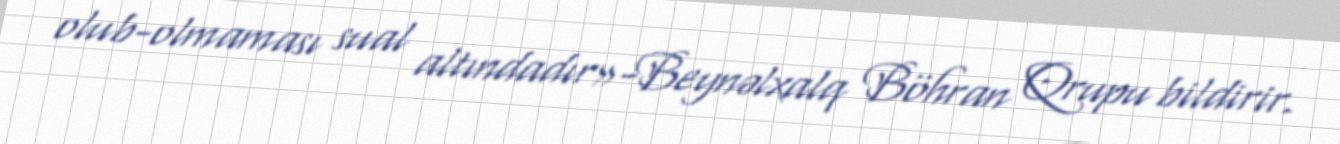
olub-olmaması sual altındadır»-Beynəlxalq Böhran Qrupu bildirir.